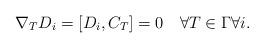
LaTeX: \begin{align*} \nabla_TD_i=[D_i,C_T]=0\quad\forall T\in\Gamma\forall i.\end{align*}